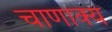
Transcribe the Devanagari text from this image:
चाणाक्य